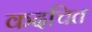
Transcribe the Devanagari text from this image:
कदचित